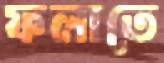
ফলাতে